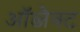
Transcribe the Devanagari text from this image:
ऑब्जैक्ट